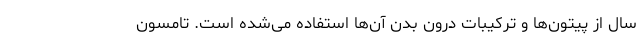
سال از پیتون‌ها و ترکیبات درون بدن آن‌ها استفاده می‌شده است. تامسون